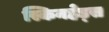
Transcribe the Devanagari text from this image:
स्किनहेड्स